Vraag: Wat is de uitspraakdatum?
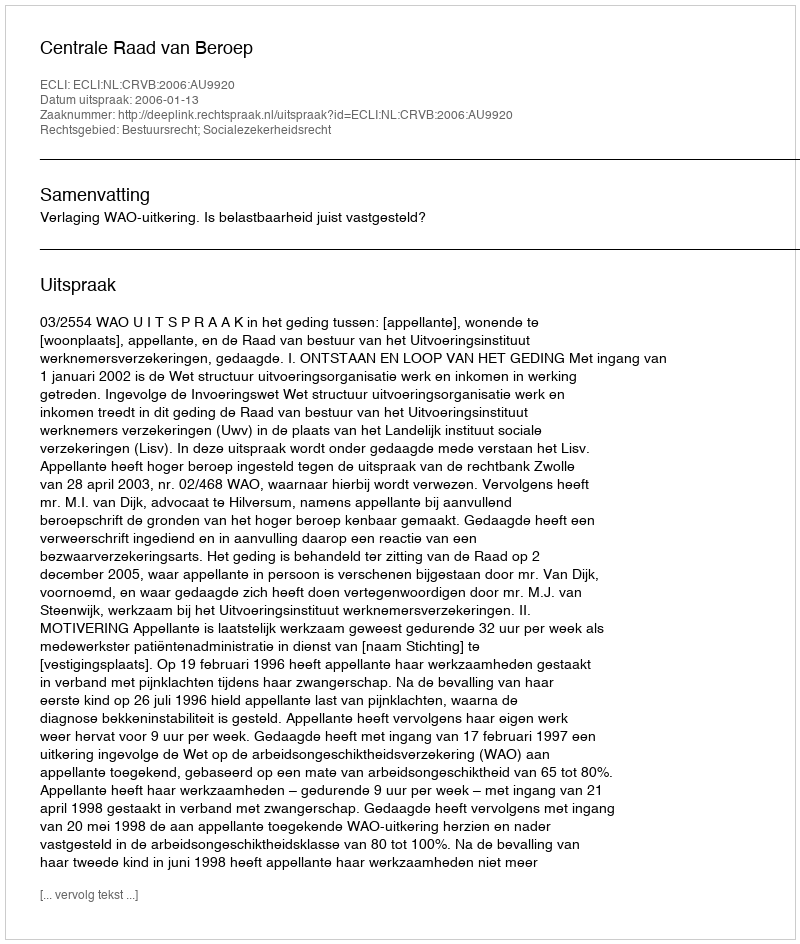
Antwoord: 2006-01-13